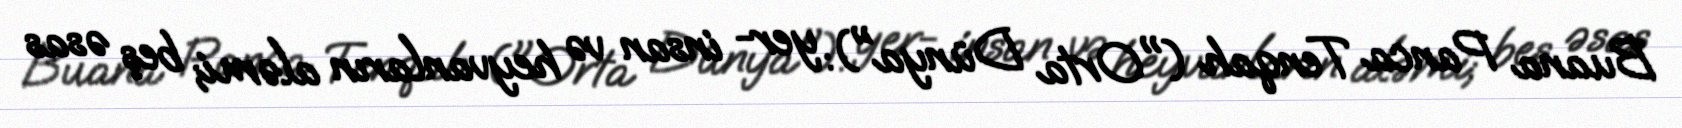
Buana Panca Tenqah ("Orta Dünya"): yer- insan və heyvanların aləmi; beş əsas